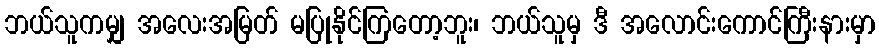
ဘယ်သူကမျှ အလေးအမြတ် မပြုနိုင်ကြတော့ဘူး၊ ဘယ်သူမှ ဒီ အလောင်းကောင်ကြီးနားမှာ